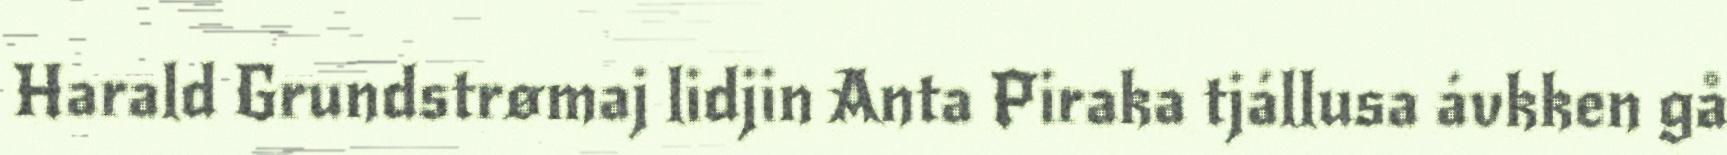
Harald Grundstrømaj lidjin Anta Piraka tjállusa ávkken gå